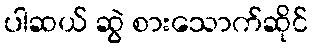
ပါဆယ် ဆွဲ စားသောက်ဆိုင်